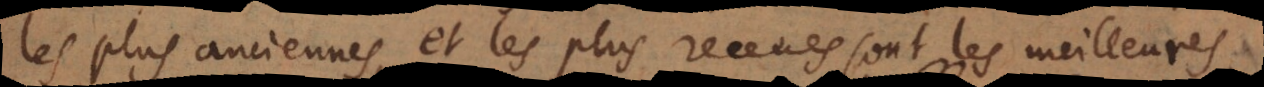
les plus anciennes et les plus receues sont les meilleures,